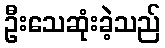
ဦးသေဆုံးခဲ့သည်